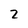
Character: 2